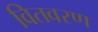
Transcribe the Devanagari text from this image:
वितवरण